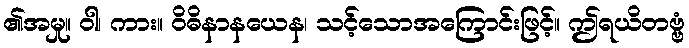
၏အမှု။ ဝါ၊ ကား။ ဝိဓိနာနယေန၊ သင့်သောအကြောင်းဖြင့်။ ဤရယိတဗ္ဗံ